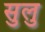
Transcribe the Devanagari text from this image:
सुलु